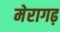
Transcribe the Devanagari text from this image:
मेरागढ़